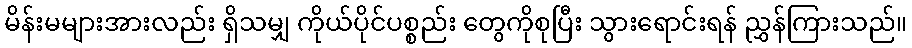
မိန်းမများအားလည်း ရှိသမျှ ကိုယ်ပိုင်ပစ္စည်း တွေကိုစုပြီး သွားရောင်းရန် ညွှန်ကြားသည်။